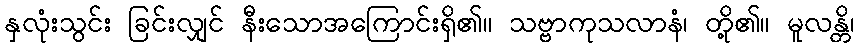
နှလုံးသွင်း ခြင်းလျှင် နီးသောအကြောင်းရှိ၏။ သဗ္ဗာကုသလာနံ၊ တို့၏။ မူလန္တိ၊